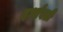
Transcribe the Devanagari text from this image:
दर्भावती